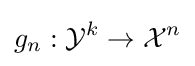
g_{n}:{\mathcal {Y}}^{k}\rightarrow {\mathcal {X}}^{n}